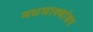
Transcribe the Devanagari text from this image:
मधमाश्यांवर